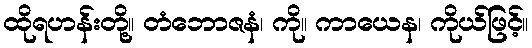
ထိုရဟန်းတို့။ တံဘောဇနံ၊ ကို။ ကာယေန၊ ကိုယ်ဖြင့်။